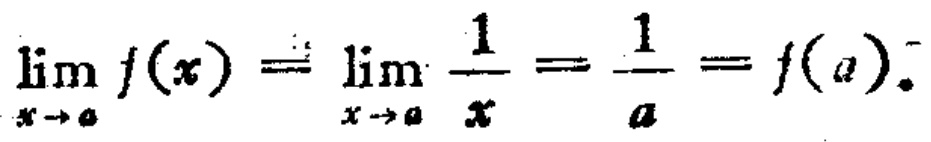
\(\lim_{x \to a} f(x) = \lim_{x \to a} \frac{1}{x} = \frac{1}{a} = f(a).\)